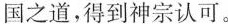
国之道，得到神宗认可。